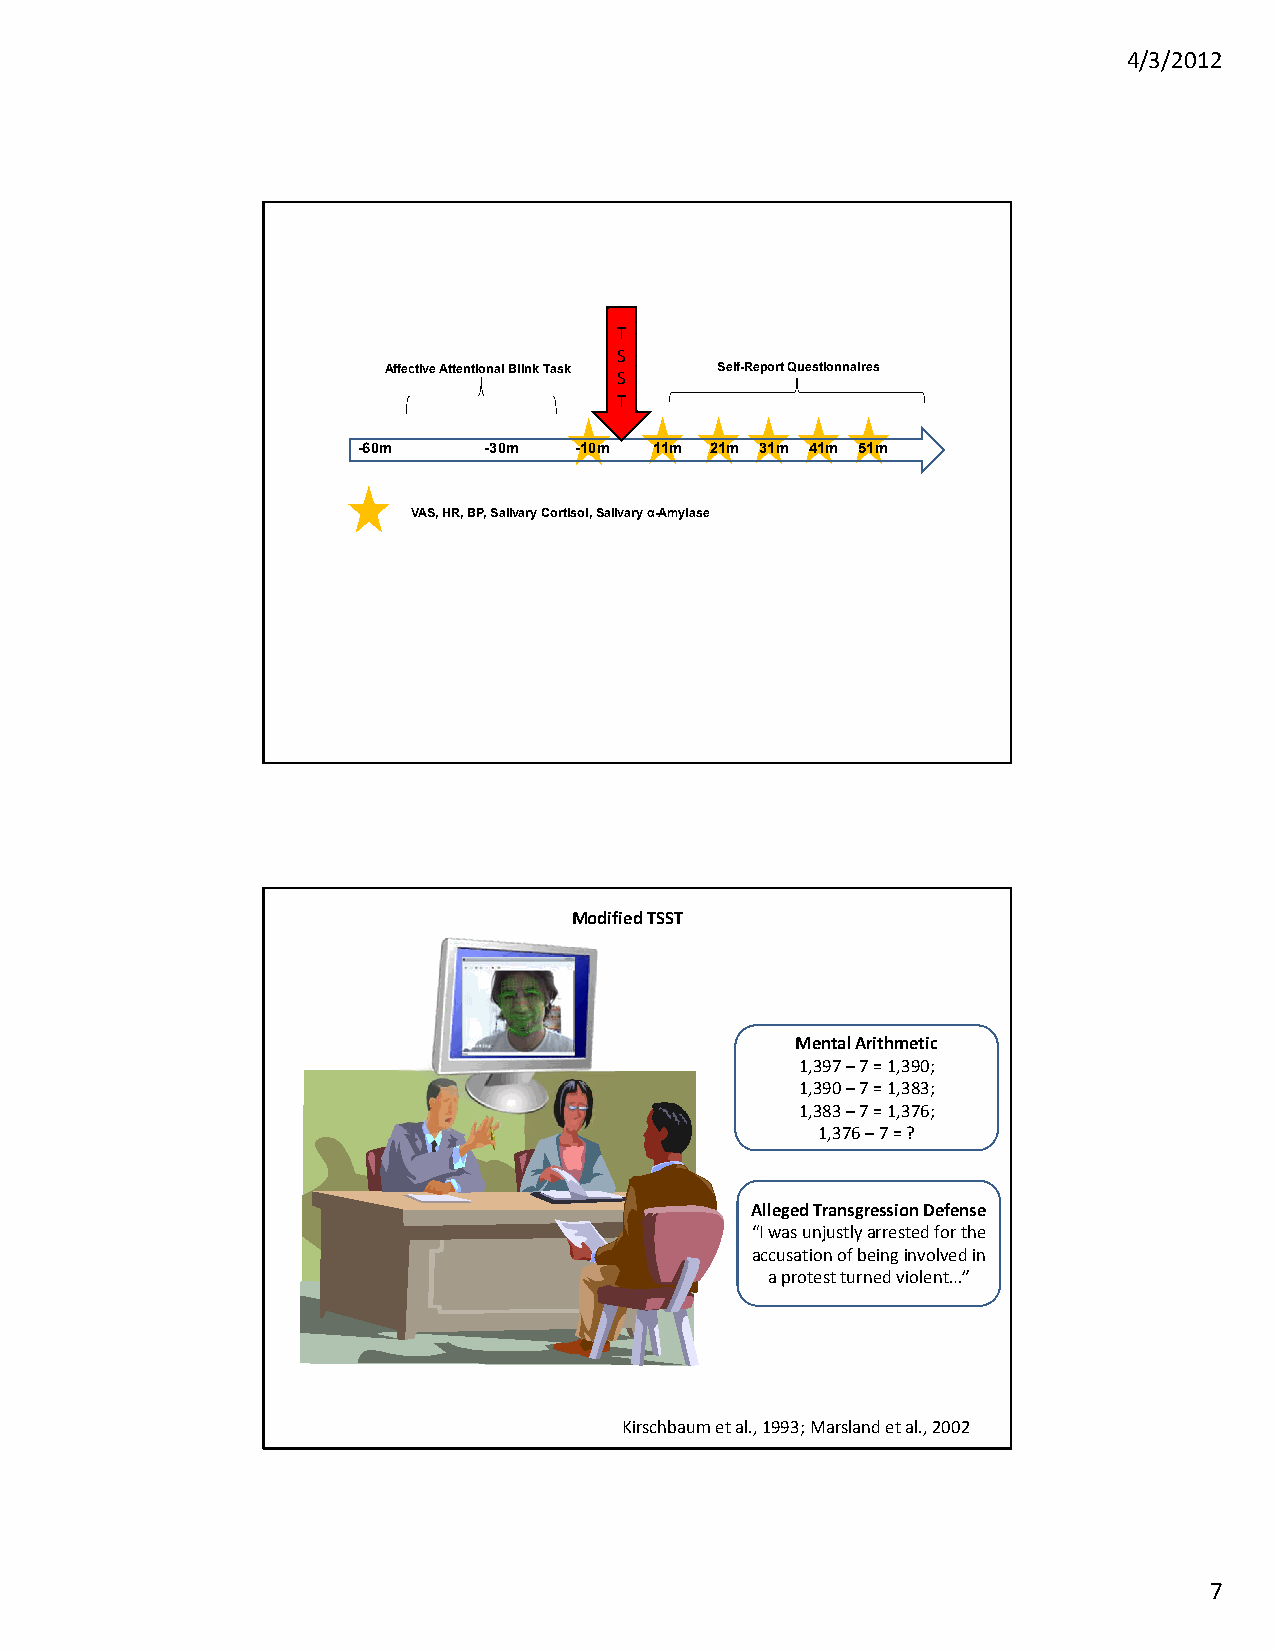
4/3/2012
 T
 S
 Affective Attentional Blink Task Self-Report Questionnaires
 S
 T
 -60m    -30m  -10m 11m 21m 31m 41m 51m
 VAS, HR, BP, Salivary Cortisol, Salivary α-Amylase
 Modified TSST
 Mental Arithmetic
 1,397 –7 = 1,390;
 1,390 –7 = 1,383;
 1,383 –7 = 1,376;
 1,376 –7 = ?
 Alleged Transgression Defense
 “I was unjustly arrested for the
 accusation of being involved in
 a protest turned violent…”
 Kirschbaum et al., 1993; Marsland et al., 2002
 7